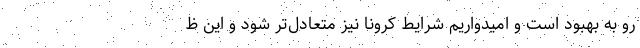
رو به بهبود است و امیدواریم شرایط کرونا نیز متعادل‌تر شود و این ظ